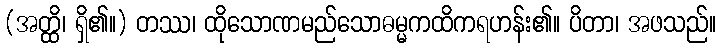
(အတ္ထိ၊ ရှိ၏။) တဿ၊ ထိုသောဏမည်သောဓမ္မကထိကရဟန်း၏။ ပိတာ၊ အဖသည်။